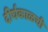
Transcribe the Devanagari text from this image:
दीर्घकाळची